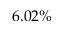
6 . 0 2 \%